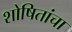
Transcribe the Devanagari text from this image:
शोषितांचा